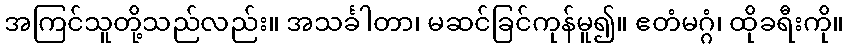
အကြင်သူတို့သည်လည်း။ အသင်္ခါတာ၊ မဆင်ခြင်ကုန်မူ၍။ ဧတံမဂ္ဂံ၊ ထိုခရီးကို။